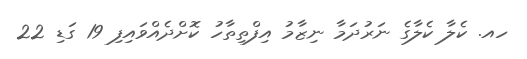
ހއ. ކެލާ ކެލާގެ ނަރުދަމާ ނިޒާމު އިފްތިތާހު ކޮށްދެއްވައިފި 19 ގަޑި 22